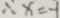
\therefore x = - 1